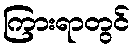
ကြားရာတွင်